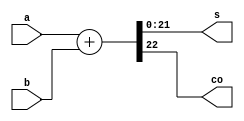
module full_adder(a, b, s, co);
	input[21:0] a, b;
	output[21:0] s;
	output co;
	reg[21:0] s;
	reg co;
	always @(*)
	begin
        {co, s}=a+b;
	end
endmodule